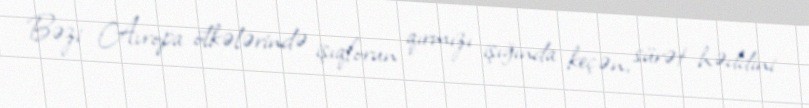
Bəzi Avropa ölkələrində işıqforun qırmızı işığında keçən, sürət həddini